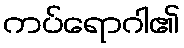
ကပ်ရောဂါ၏